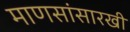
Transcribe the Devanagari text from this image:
माणसांसारखी